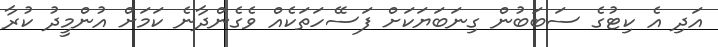
އަދި އެ ކިޓުގެ ސަބަބުން ގިނަބަޔަަކަށް ފަސޭހަތަކެއް ވެގެންދާނެ ކަމަށް އުންމީދު ކުރާ